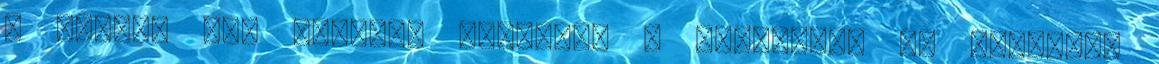
a Tanács elé került. Köszönöm a bizalmat, és remélem,